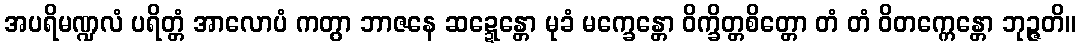
အပရိမဏ္ဍလံ ပရိတ္တံ အာလောပံ ကတွာ ဘာဇနေ ဆဍ္ဍေန္တော မုခံ မက္ခေန္တော ဝိက္ခိတ္တစိတ္တော တံ တံ ဝိတက္ကေန္တော ဘုဉ္ဇတိ။